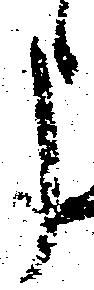
申